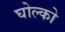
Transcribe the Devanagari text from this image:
घोल्को